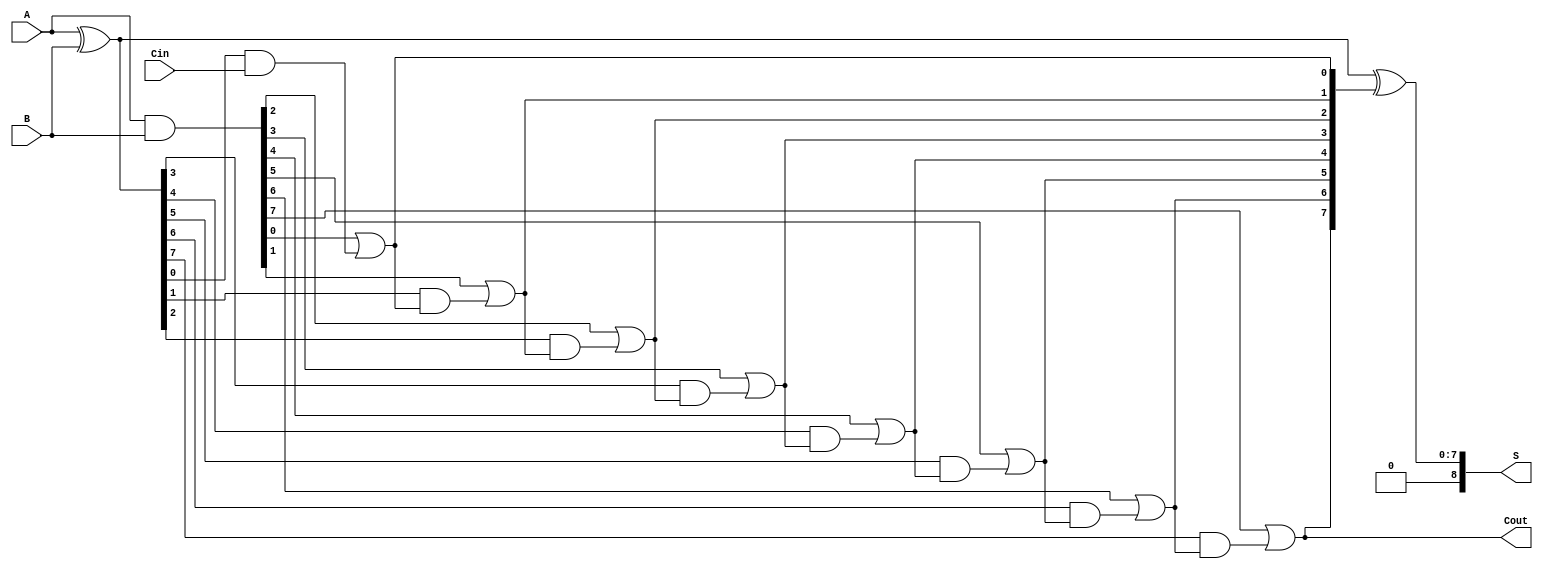
module PrecomputationCarryAdder #(
    parameter N = 8 // Default bit width of the adder
)(
    input  wire [N-1:0] A,    // First n-bit input
    input  wire [N-1:0] B,    // Second n-bit input
    input  wire Cin,           // Carry input
    output wire [N:0] S,      // (n+1)-bit sum output
    output wire Cout           // Carry output
);

    // Generate and propagate signals
    wire [N-1:0] G; // Generate signals
    wire [N-1:0] P; // Propagate signals
    wire [N:0] C;   // Carry signals

    // Generate and propagate equations
    assign G = A & B;                   // G[i] = A[i] & B[i]
    assign P = A ^ B;                   // P[i] = A[i] ^ B[i]

    // Carry signals computation
    assign C[0] = Cin;                  // C[0] = Cin
    genvar i;
    generate
        for (i = 1; i <= N; i = i + 1) begin : carry_calc
            assign C[i] = G[i-1] | (P[i-1] & C[i-1]); // C[i] = G[i-1] + (P[i-1] & C[i-1])
        end
    endgenerate

    // Sum calculation
    assign S = A ^ B ^ C[N:1];           // S[i] = A[i] ^ B[i] ^ C[i]

    // Carry out
    assign Cout = C[N];                  // Cout = C[n]

endmodule